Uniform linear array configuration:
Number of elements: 24
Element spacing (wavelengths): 1
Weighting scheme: uniform
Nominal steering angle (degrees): -15
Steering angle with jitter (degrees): -14.693
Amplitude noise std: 0.05
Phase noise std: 0.05

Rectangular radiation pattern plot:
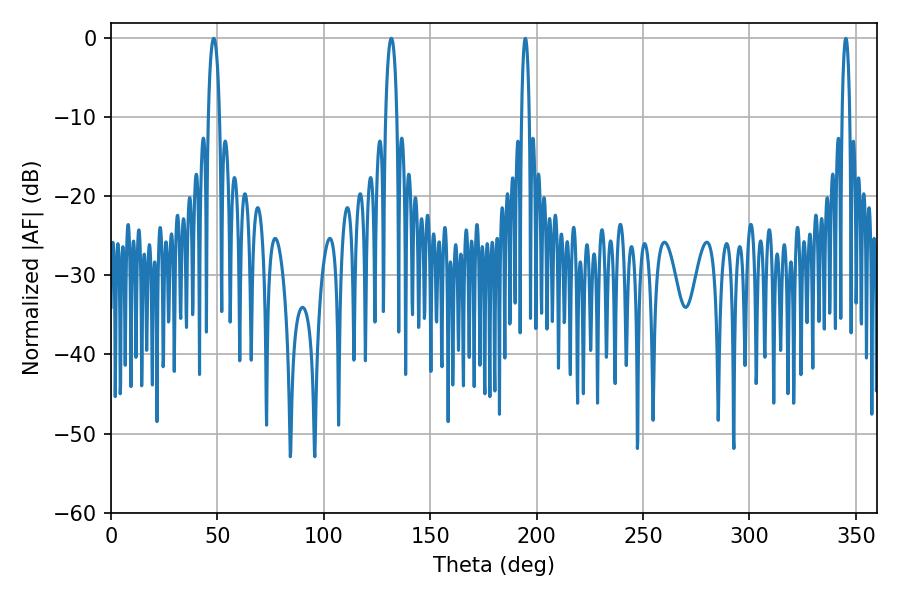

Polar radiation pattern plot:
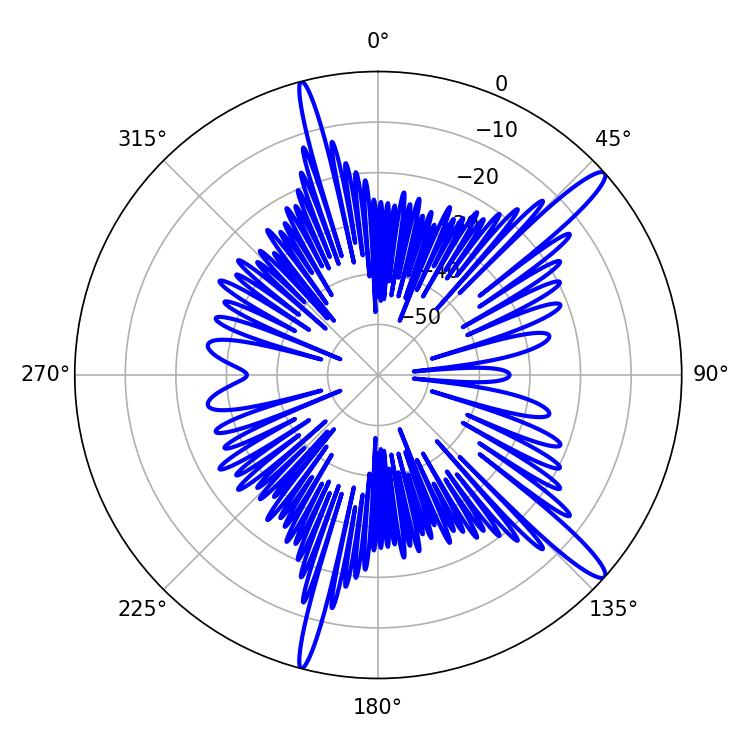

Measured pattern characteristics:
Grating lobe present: TRUE
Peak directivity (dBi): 14.577
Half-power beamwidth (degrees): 3.06
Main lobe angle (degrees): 48.24